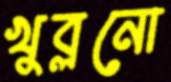
খুব্‌লনো